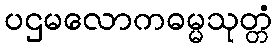
ပဌမလောကဓမ္မသုတ္တံ